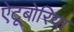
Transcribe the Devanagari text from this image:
ऐटूबोरिया